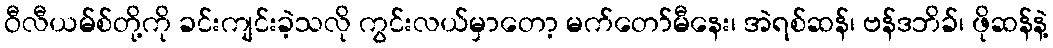
ဝီလီယမ်စ်တို့ကို ခင်းကျင်းခဲ့သလို ကွင်းလယ်မှာတော့ မက်တော်မီနေး၊ အဲရစ်ဆန်၊ ဗန်ဒဘိခ်၊ ဖိုဆန်နဲ့